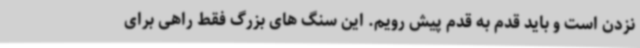
نزدن است و باید قدم به قدم پیش رویم. این سنگ های بزرگ فقط راهی برای